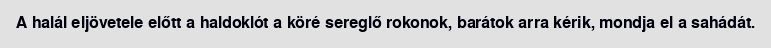
A halál eljövetele előtt a haldoklót a köré sereglő rokonok, barátok arra kérik, mondja el a sahádát.